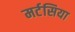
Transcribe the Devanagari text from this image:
मर्टसिया